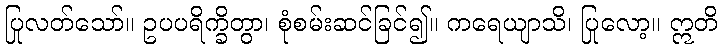
ပြုလတ်သော်။ ဥပပရိက္ခိတွာ၊ စုံစမ်းဆင်ခြင်၍။ ကရေယျာသိ၊ ပြုလော့။ ဣတိ